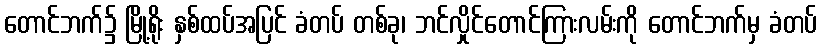
တောင်ဘက်၌ မြို့ရိုး နှစ်ထပ်အပြင် ခံတပ် တစ်ခု၊ ဘင်လှိုင်တောင်ကြားလမ်းကို တောင်ဘက်မှ ခံတပ်